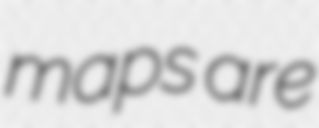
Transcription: maps are